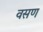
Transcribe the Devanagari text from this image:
वसण